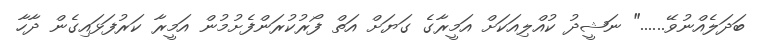
ބަދަލެއްނުވޭ......" ނަޝީދު ކުއްލިއަކަށް އަމީރާގެ ގަޔަށް އަތް ފޯރުކުރަންފެށުމުން އަމީރާ ކަރުފަޅައިގެން ދާހާ